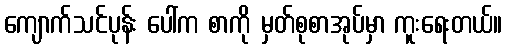
ကျောက်သင်ပုန်း ပေါ်က စာကို မှတ်စုစာအုပ်မှာ ကူးရေးတယ်။